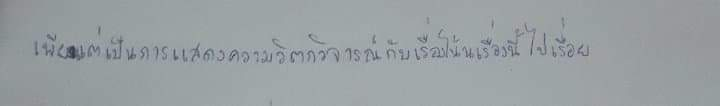
เพียงแต่เป็นการแสดงความวิตกวิจารณ์กับเรื่องโน้นเรื่องนี้ไปเรื่อย